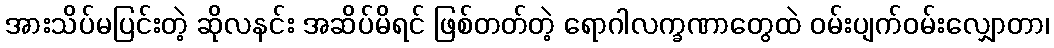
အားသိပ်မပြင်းတဲ့ ဆိုလနင်း အဆိပ်မိရင် ဖြစ်တတ်တဲ့ ရောဂါလက္ခဏာတွေထဲ ဝမ်းပျက်ဝမ်းလျှောတာ၊